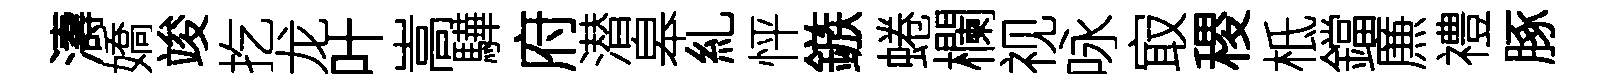
濤嬌竣扢龙叶嵩驊府潜皋糺怦鏃蜷欄视咏㝡稷柢鐺㢘禮䐁